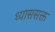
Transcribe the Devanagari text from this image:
ध्याससक्त